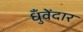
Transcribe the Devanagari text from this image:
धुँवेंदार